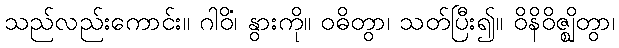
သည်လည်းကောင်း။ ဂါဝိံ၊ နွားကို။ ဝဓိတွာ၊ သတ်ပြီး၍။ ဝိနိဝိဇ္ဈိတွာ၊